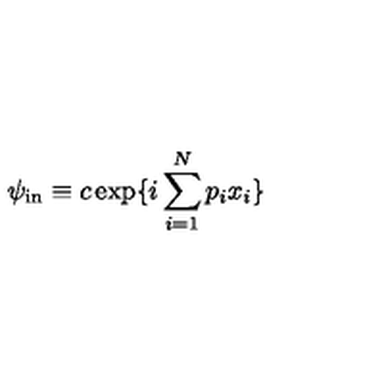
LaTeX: \psi _ { \mathrm { i n } } \equiv c \exp \{ i \sum _ { i = 1 } ^ { N } p _ { i } x _ { i } \} \,